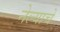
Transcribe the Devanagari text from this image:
नेल्याचे